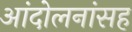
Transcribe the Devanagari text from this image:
आंदोलनांसह